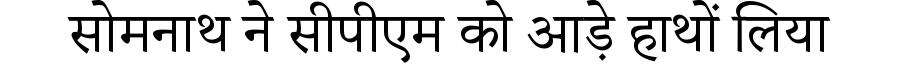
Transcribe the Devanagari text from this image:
सोमनाथ ने सीपीएम को आड़े हाथों लिया